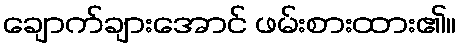
ချောက်ချားအောင် ဖမ်းစားထား၏။